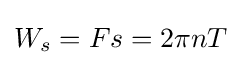
W_{s}=Fs=2\pi nT